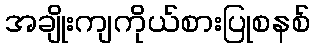
အချိုးကျကိုယ်စားပြုစနစ်